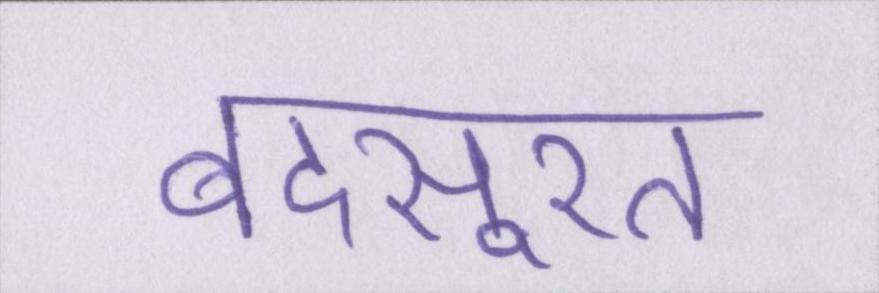
बदसूरत